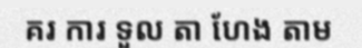
គរ ការ ទួល តា ហែង តាម